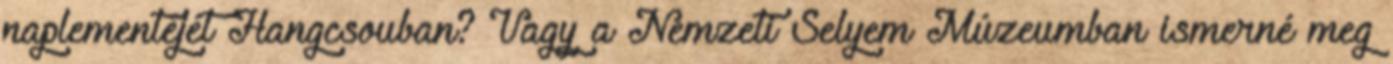
naplementéjét Hangcsouban? Vagy a Nemzeti Selyem Múzeumban ismerné meg